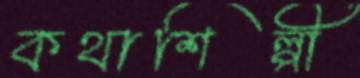
কথাশিল্পী